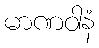
မာဏဝါနံ